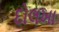
દોલખા